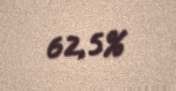
62,5%